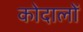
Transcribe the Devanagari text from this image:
कोदालों